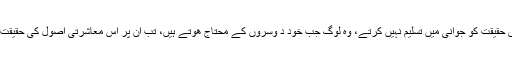
جو لوگ اس حقیقت کو جوانی میں تسلیم نہیں کرتے، وہ لوگ جب خود د وسروں کے محتاج ھوتے ہیں، تب ان پر اس معاشرتی اصول کی حقیقت کھلتی پے۔